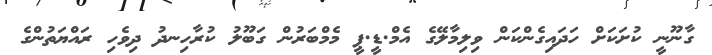
ގާނޫނީ ކުށަކަށް ހަދައިގެންކަން ވިލިމާލޭގެ އެމް.ޑީ.ޕީ މެމްބަރުން ގަބޫލު ކުރާހިނދު ދިވެހި ރައްޔަތުންގެ